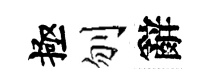
極刎辭